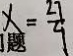
x = \frac { 2 7 } { 9 }